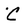
Character: C